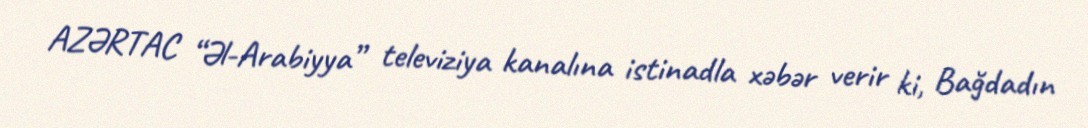
AZƏRTAC “Əl-Arabiyya” televiziya kanalına istinadla xəbər verir ki, Bağdadın